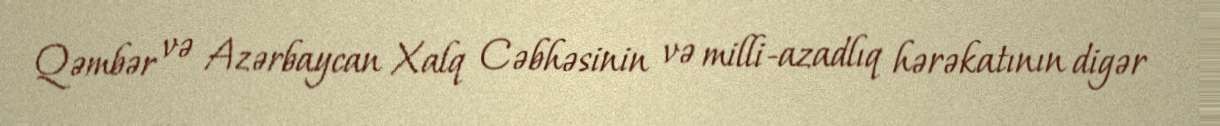
Qəmbər və Azərbaycan Xalq Cəbhəsinin və milli-azadlıq hərəkatının digər